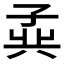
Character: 𪦾